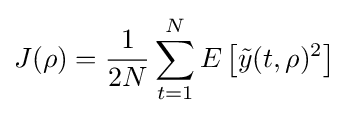
J(\rho )={\frac {1}{2N}}\sum _{t=1}^{N}E\left[{\tilde {y}}(t,\rho )^{2}\right]